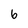
Character: 6